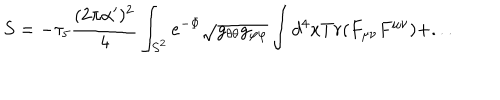
S = - \tau _ { 5 } { \frac { ( 2 \pi \alpha ^ { \prime } ) ^ { 2 } } { 4 } } \int _ { S ^ { 2 } } e ^ { - \Phi } \sqrt { g _ { \theta \theta } g _ { \varphi \varphi } } \int d ^ { 4 } x T r ( F _ { \mu \nu } F ^ { \mu \nu } ) + . . .